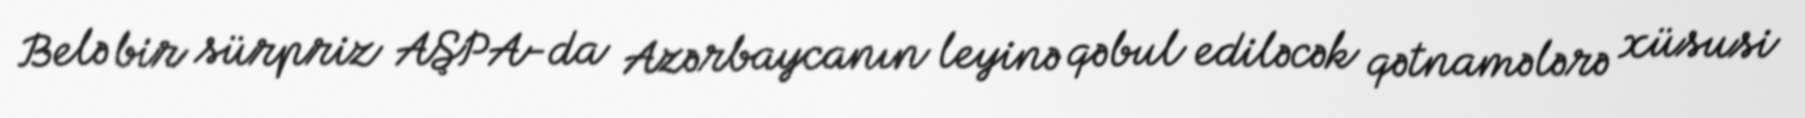
Belə bir sürpriz AŞPA-da Azərbaycanın leyinə qəbul ediləcək qətnamələrə xüsusi